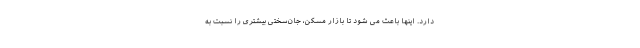
دارد. اینها باعث می شود تا بازار مسکن، جان‌سختی بیشتری را نسبت به